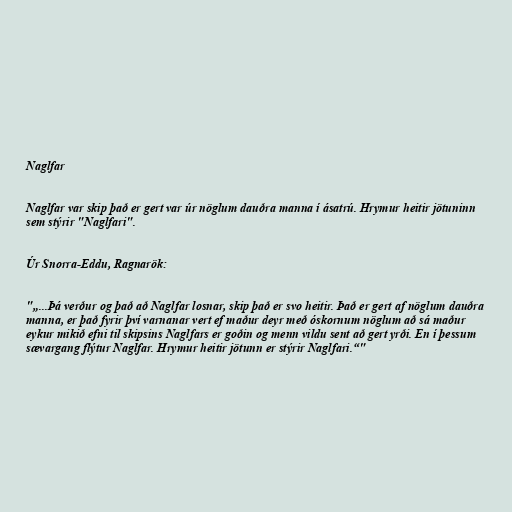
Naglfar

Naglfar var skip það er gert var úr nöglum dauðra manna í ásatrú. Hrymur heitir jötuninn
sem stýrir "Naglfari".

Úr Snorra-Eddu, Ragnarök:

"„...Þá verður og það að Naglfar losnar, skip það er svo heitir. Það er gert af nöglum dauðra
manna, er það fyrir því varnanar vert ef maður deyr með óskornum nöglum að sá maður
eykur mikið efni til skipsins Naglfars er goðin og menn vildu sent að gert yrði. En í þessum
sævargang flýtur Naglfar. Hrymur heitir jötunn er stýrir Naglfari.“"